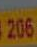
206